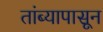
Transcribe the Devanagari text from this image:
तांब्यापासून